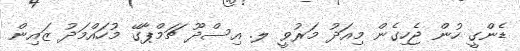
ޑެންގީ ހުން ޖެހިގެން މިއަދު މަރުވީ ލ. އިސްދޫ ޗަމްޕާގޭ މުހައްމަދު ޒައިން